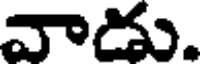
వాడు.